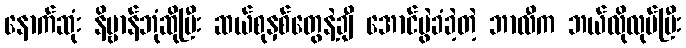
နောက်ဆုံး နိဗ္ဗာန်ဘုံဆိုပြီး ဆယ်စုနှစ်တွေနဲ့ချီ အောင်ပွဲခံခဲ့တဲ့ ဘာလီက ဘယ်လိုလုပ်ပြီး